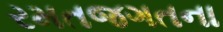
રમતજગતના